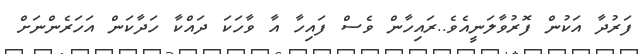
ފަރުދާ އަކުން ފޮރުވާލަނީއެވެ..ރައިހާން ވެސް ފައިހާ އާ ވާހަކަ ދައްކާ ހަދާކަން އަހަރެންނަށް